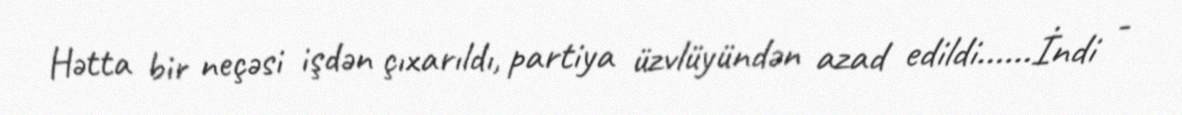
Hətta bir neçəsi işdən çıxarıldı, partiya üzvlüyündən azad edildi......İndi -